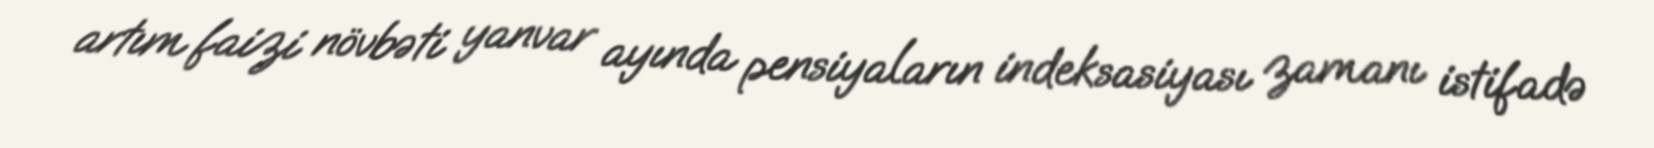
artım faizi növbəti yanvar ayında pensiyaların indeksasiyası zamanı istifadə